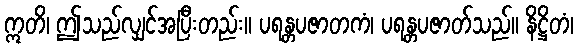
ဣတိ၊ ဤသည်လျှင်အပြီးတည်း။ ပရန္တပဇာတကံ၊ ပရန္တပဇာတ်သည်။ နိဋ္ဌိတံ၊